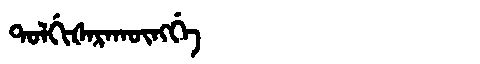
Manchu: ᡨᠣᠯᡤᡳᡧᠠᡵᠠᡴᡡᠩᡤᡝ
Romanization: TOLGIŠARAKŪNGGE